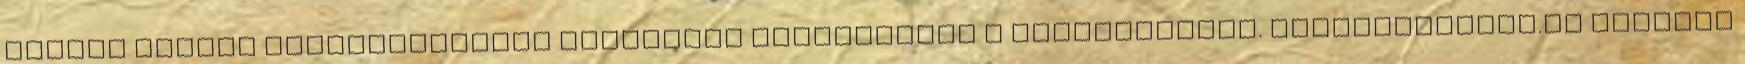
lezárt csomag kézbesítésekor fizetendő készpénzben a kézbesítőnek. Gyűjtőkboltja.hu KEDVELT